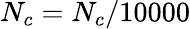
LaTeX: N_{c}=N_{c}/10000